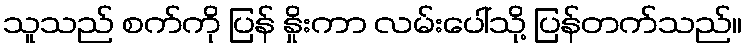
သူသည် စက်ကို ပြန် နှိုးကာ လမ်းပေါ်သို့ ပြန်တက်သည်။